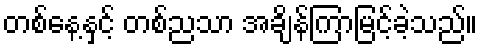
တစ်နေ့နှင့် တစ်ညသာ အချိန်ကြာမြင့်ခဲ့သည်။